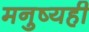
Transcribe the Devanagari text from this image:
मनुष्यही